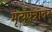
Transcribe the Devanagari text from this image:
मृत्युपत्रावर